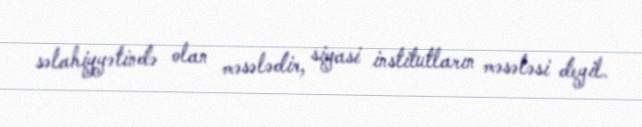
səlahiyyətində olan məsələdir, siyasi institutların məsələsi deyil.